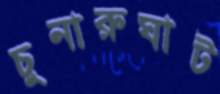
চুনারুঘাট